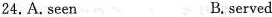
24.A.scen B. served